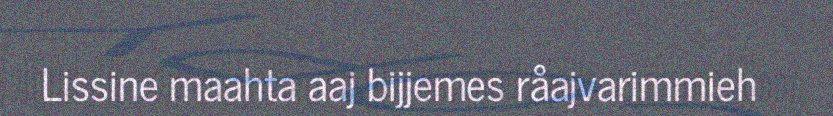
Lissine maahta aaj bijjemes råajvarimmieh